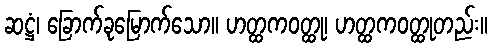
ဆဋ္ဌံ၊ ခြောက်ခုမြောက်သော။ ဟတ္ထကဝတ္ထု၊ ဟတ္ထကဝတ္ထုတည်း။